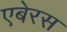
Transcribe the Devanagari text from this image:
एबेरस